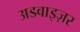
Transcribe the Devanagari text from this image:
अडवाइज़र